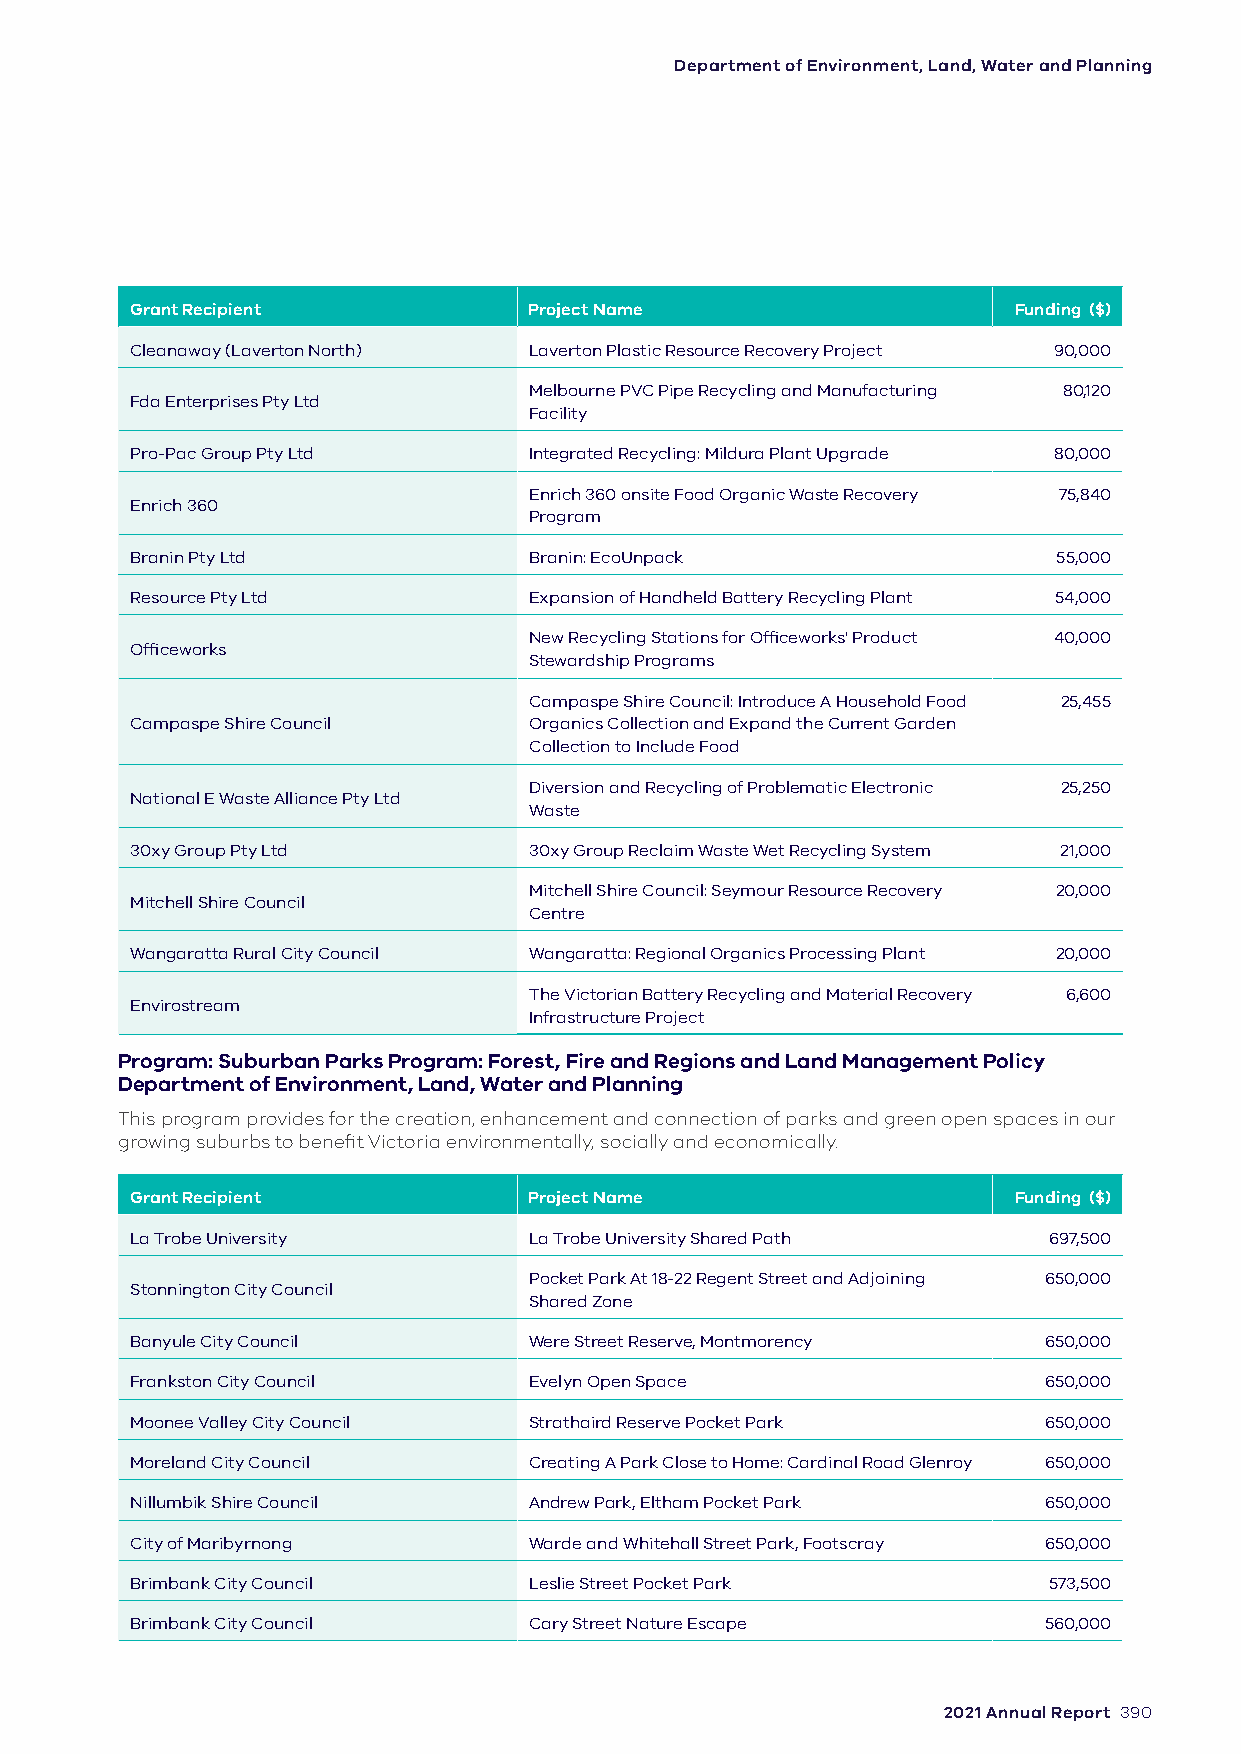
Department of Environment, Land, Water and Planning
 Grant Recipient           Project Name                    Funding ($)
 Cleanaway (Laverton North) Laverton Plastic Resource Recovery Project 90,000
 Melbourne PVC Pipe Recycling and Manufacturing 80,120
 Fda Enterprises Pty Ltd
 Facility
 Pro-Pac Group Pty Ltd     Integrated Recycling: Mildura Plant Upgrade 80,000
 Enrich 360 onsite Food Organic Waste Recovery 75,840
 Enrich 360
 Program
 Branin Pty Ltd            Branin: EcoUnpack                  55,000
 Resource Pty Ltd          Expansion of Handheld Battery Recycling Plant 54,000
 New Recycling Stations for Officeworks' Product 40,000
 Officeworks
 Stewardship Programs
 Campaspe Shire Council: Introduce A Household Food 25,455
 Campaspe Shire Council    Organics Collection and Expand the Current Garden
 Collection to Include Food
 Diversion and Recycling of Problematic Electronic 25,250
 National E Waste Alliance Pty Ltd
 Waste
 30xy Group Pty Ltd        30xy Group Reclaim Waste Wet Recycling System 21,000
 Mitchell Shire Council: Seymour Resource Recovery 20,000
 Mitchell Shire Council
 Centre
 Wangaratta Rural City Council Wangaratta: Regional Organics Processing Plant 20,000
 The Victorian Battery Recycling and Material Recovery 6,600
 Envirostream
 Infrastructure Project
 Program: Suburban Parks Program: Forest, Fire and Regions and Land Management Policy
 Department of Environment, Land, Water and Planning
 This program provides for the creation, enhancement and connection of parks and green open spaces in our
 growing suburbs to benefit Victoria environmentally, socially and economically.
 Grant Recipient           Project Name                    Funding ($)
 La Trobe University       La Trobe University Shared Path   697,500
 Pocket Park At 18-22 Regent Street and Adjoining 650,000
 Stonnington City Council
 Shared Zone
 Banyule City Council      Were Street Reserve, Montmorency  650,000
 Frankston City Council    Evelyn Open Space                 650,000
 Moonee Valley City Council Strathaird Reserve Pocket Park   650,000
 Moreland City Council     Creating A Park Close to Home: Cardinal Road Glenroy 650,000
 Nillumbik Shire Council   Andrew Park, Eltham Pocket Park   650,000
 City of Maribyrnong       Warde and Whitehall Street Park, Footscray 650,000
 Brimbank City Council     Leslie Street Pocket Park         573,500
 Brimbank City Council     Cary Street Nature Escape         560,000
 2021 Annual Report 390